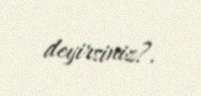
deyirsiniz?.